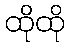
ထိုထို